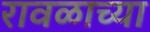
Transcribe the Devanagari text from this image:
रावळाच्या